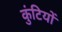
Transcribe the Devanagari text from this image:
कुंटियों